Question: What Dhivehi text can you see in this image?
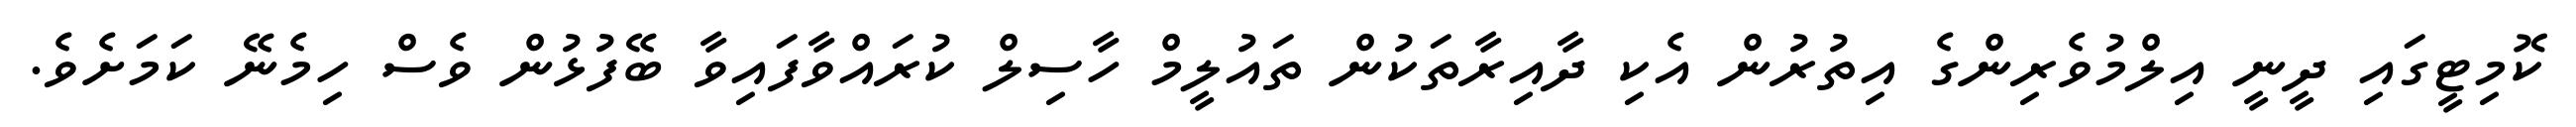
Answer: ކޮމިޓީގައި ދީނީ އިލްމުވެރިންގެ އިތުރުން އެކި ދާއިރާތަކުން ތައުލީމް ހާސިލް ކުރައްވާފައިވާ ބޭފުޅުން ވެސް ހިމެނޭ ކަމަށެވެ.